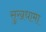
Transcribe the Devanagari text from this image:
सुखधामा